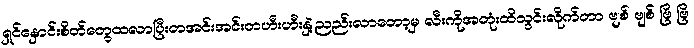
ရှင်နှောင်းစိတ်တွေထလာပြီးတအင်းအင်းတဟီးဟီးနှဲ့ညည်းလာတော့မှ လီးကိုအတုံးထိသွင်းလိုက်တာ ဗျစ် ဗျစ် ဗြိ ဗြိ